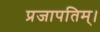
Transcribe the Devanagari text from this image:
प्रजापतिम्।